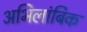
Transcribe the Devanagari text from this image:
अभिलांबिक